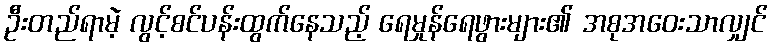
ဦးတည်ရာမဲ့ လွင့်စင်ပန်းထွက်နေသည့် ရေမှုန်ရေဖွားများ၏ အစုအဝေးသာလျှင်